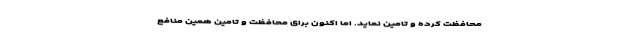
محافظت کرده و تامین‌ نماید. اما اکنون برای محافظت و تامین همین منافع